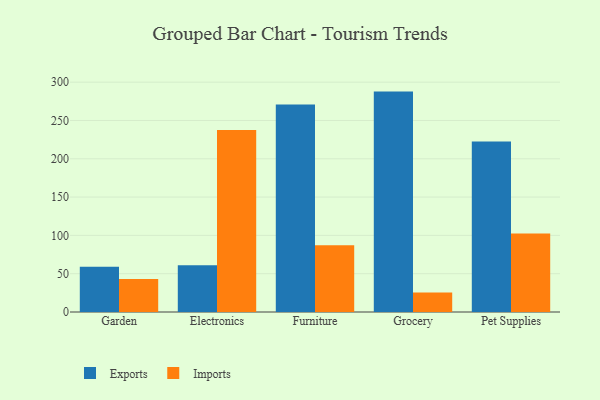
{"axis": {"x": "Category", "y": "Customer Acquisition Cost (USD)"}, "legend": ["Exports", "Imports"], "data": [{"x": "Garden", "y": 59.0, "type": "Exports"}, {"x": "Garden", "y": 43.2, "type": "Imports"}, {"x": "Electronics", "y": 60.9, "type": "Exports"}, {"x": "Electronics", "y": 237.5, "type": "Imports"}, {"x": "Furniture", "y": 271.0, "type": "Exports"}, {"x": "Furniture", "y": 87.2, "type": "Imports"}, {"x": "Grocery", "y": 287.7, "type": "Exports"}, {"x": "Grocery", "y": 25.5, "type": "Imports"}, {"x": "Pet Supplies", "y": 222.6, "type": "Exports"}, {"x": "Pet Supplies", "y": 102.4, "type": "Imports"}]}